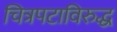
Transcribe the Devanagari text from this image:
चित्रपटाविरुद्ध